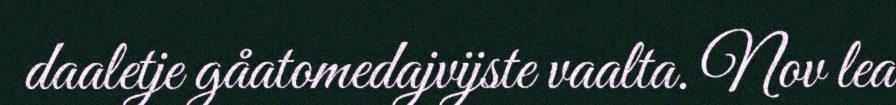
daaletje gåatomedajvijste vaalta. Nov lea